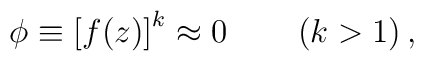
\phi \equiv \left[ f(z)\right] ^{k}\approx 0\qquad \left( k>1\right) ,